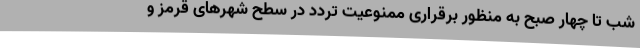
شب تا چهار صبح به منظور برقراری ممنوعیت تردد در سطح شهرهای قرمز و